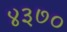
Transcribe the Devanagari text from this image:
४३७०